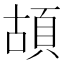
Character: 𩑶